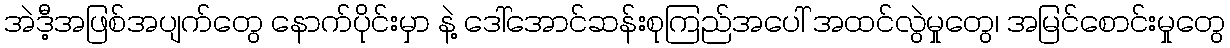
အဲဒီ့အဖြစ်အပျက်တွေ နောက်ပိုင်းမှာ နဲ့ ဒေါ်အောင်ဆန်းစုကြည်အပေါ် အထင်လွဲမှုတွေ၊ အမြင်စောင်းမှုတွေ